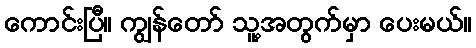
ကောင်းပြီ။ ကျွန်တော် သူ့အတွက်မှာ ပေးမယ်။